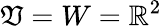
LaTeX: \mathfrak{V}=W=\mathbb{{R}}^{2}